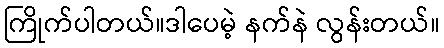
ကြိုက်ပါတယ်။ဒါပေမဲ့ နက်နဲ လွန်းတယ်။